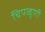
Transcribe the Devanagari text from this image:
चिपळुणी